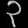
Digit: ၃